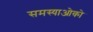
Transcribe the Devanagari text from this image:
समस्याओको